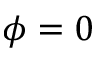
\phi = 0